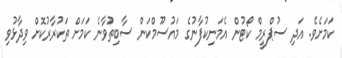
ކަމަށެވެ. އަދި ސުޕްރީމް ކޯޓުން އެމަނިކުފާނުގެ މައުސޫމްކަން ސާބިތުވާނެ ކަމަށް ތަކުރާރުކޮށް ވިދާޅުވި